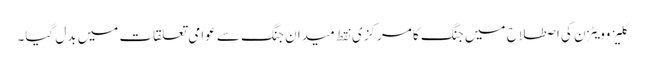
کلیزوویٹزن کی اصطلاح میں جنگ کا مرکزی نقط میدان جنگ سے عوامی تعلقات میں بدل گیا۔